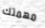
مهمتك